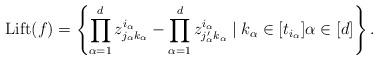
LaTeX: \begin{align*}\mathrm{Lift}(f) = \left\lbrace \prod_{\alpha=1}^d z^{i_{\alpha}}_{j_{\alpha}k_{\alpha}} - \prod_{\alpha=1}^d z^{i_{\alpha}}_{j'_{\alpha} k_{\alpha}} \mid k_{\alpha} \in [t_{i_{\alpha}}] \alpha \in [d]\right\rbrace.\end{align*}